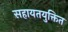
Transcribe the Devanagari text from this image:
सहायतयुक्तित